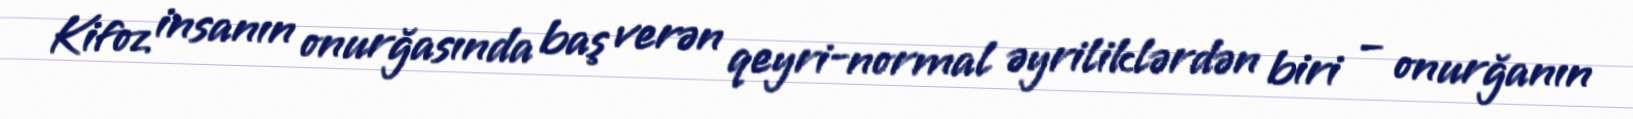
Kifoz insanın onurğasında baş verən qeyri-normal əyriliklərdən biri – onurğanın